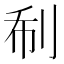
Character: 𠛻